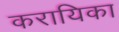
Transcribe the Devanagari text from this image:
करायिका